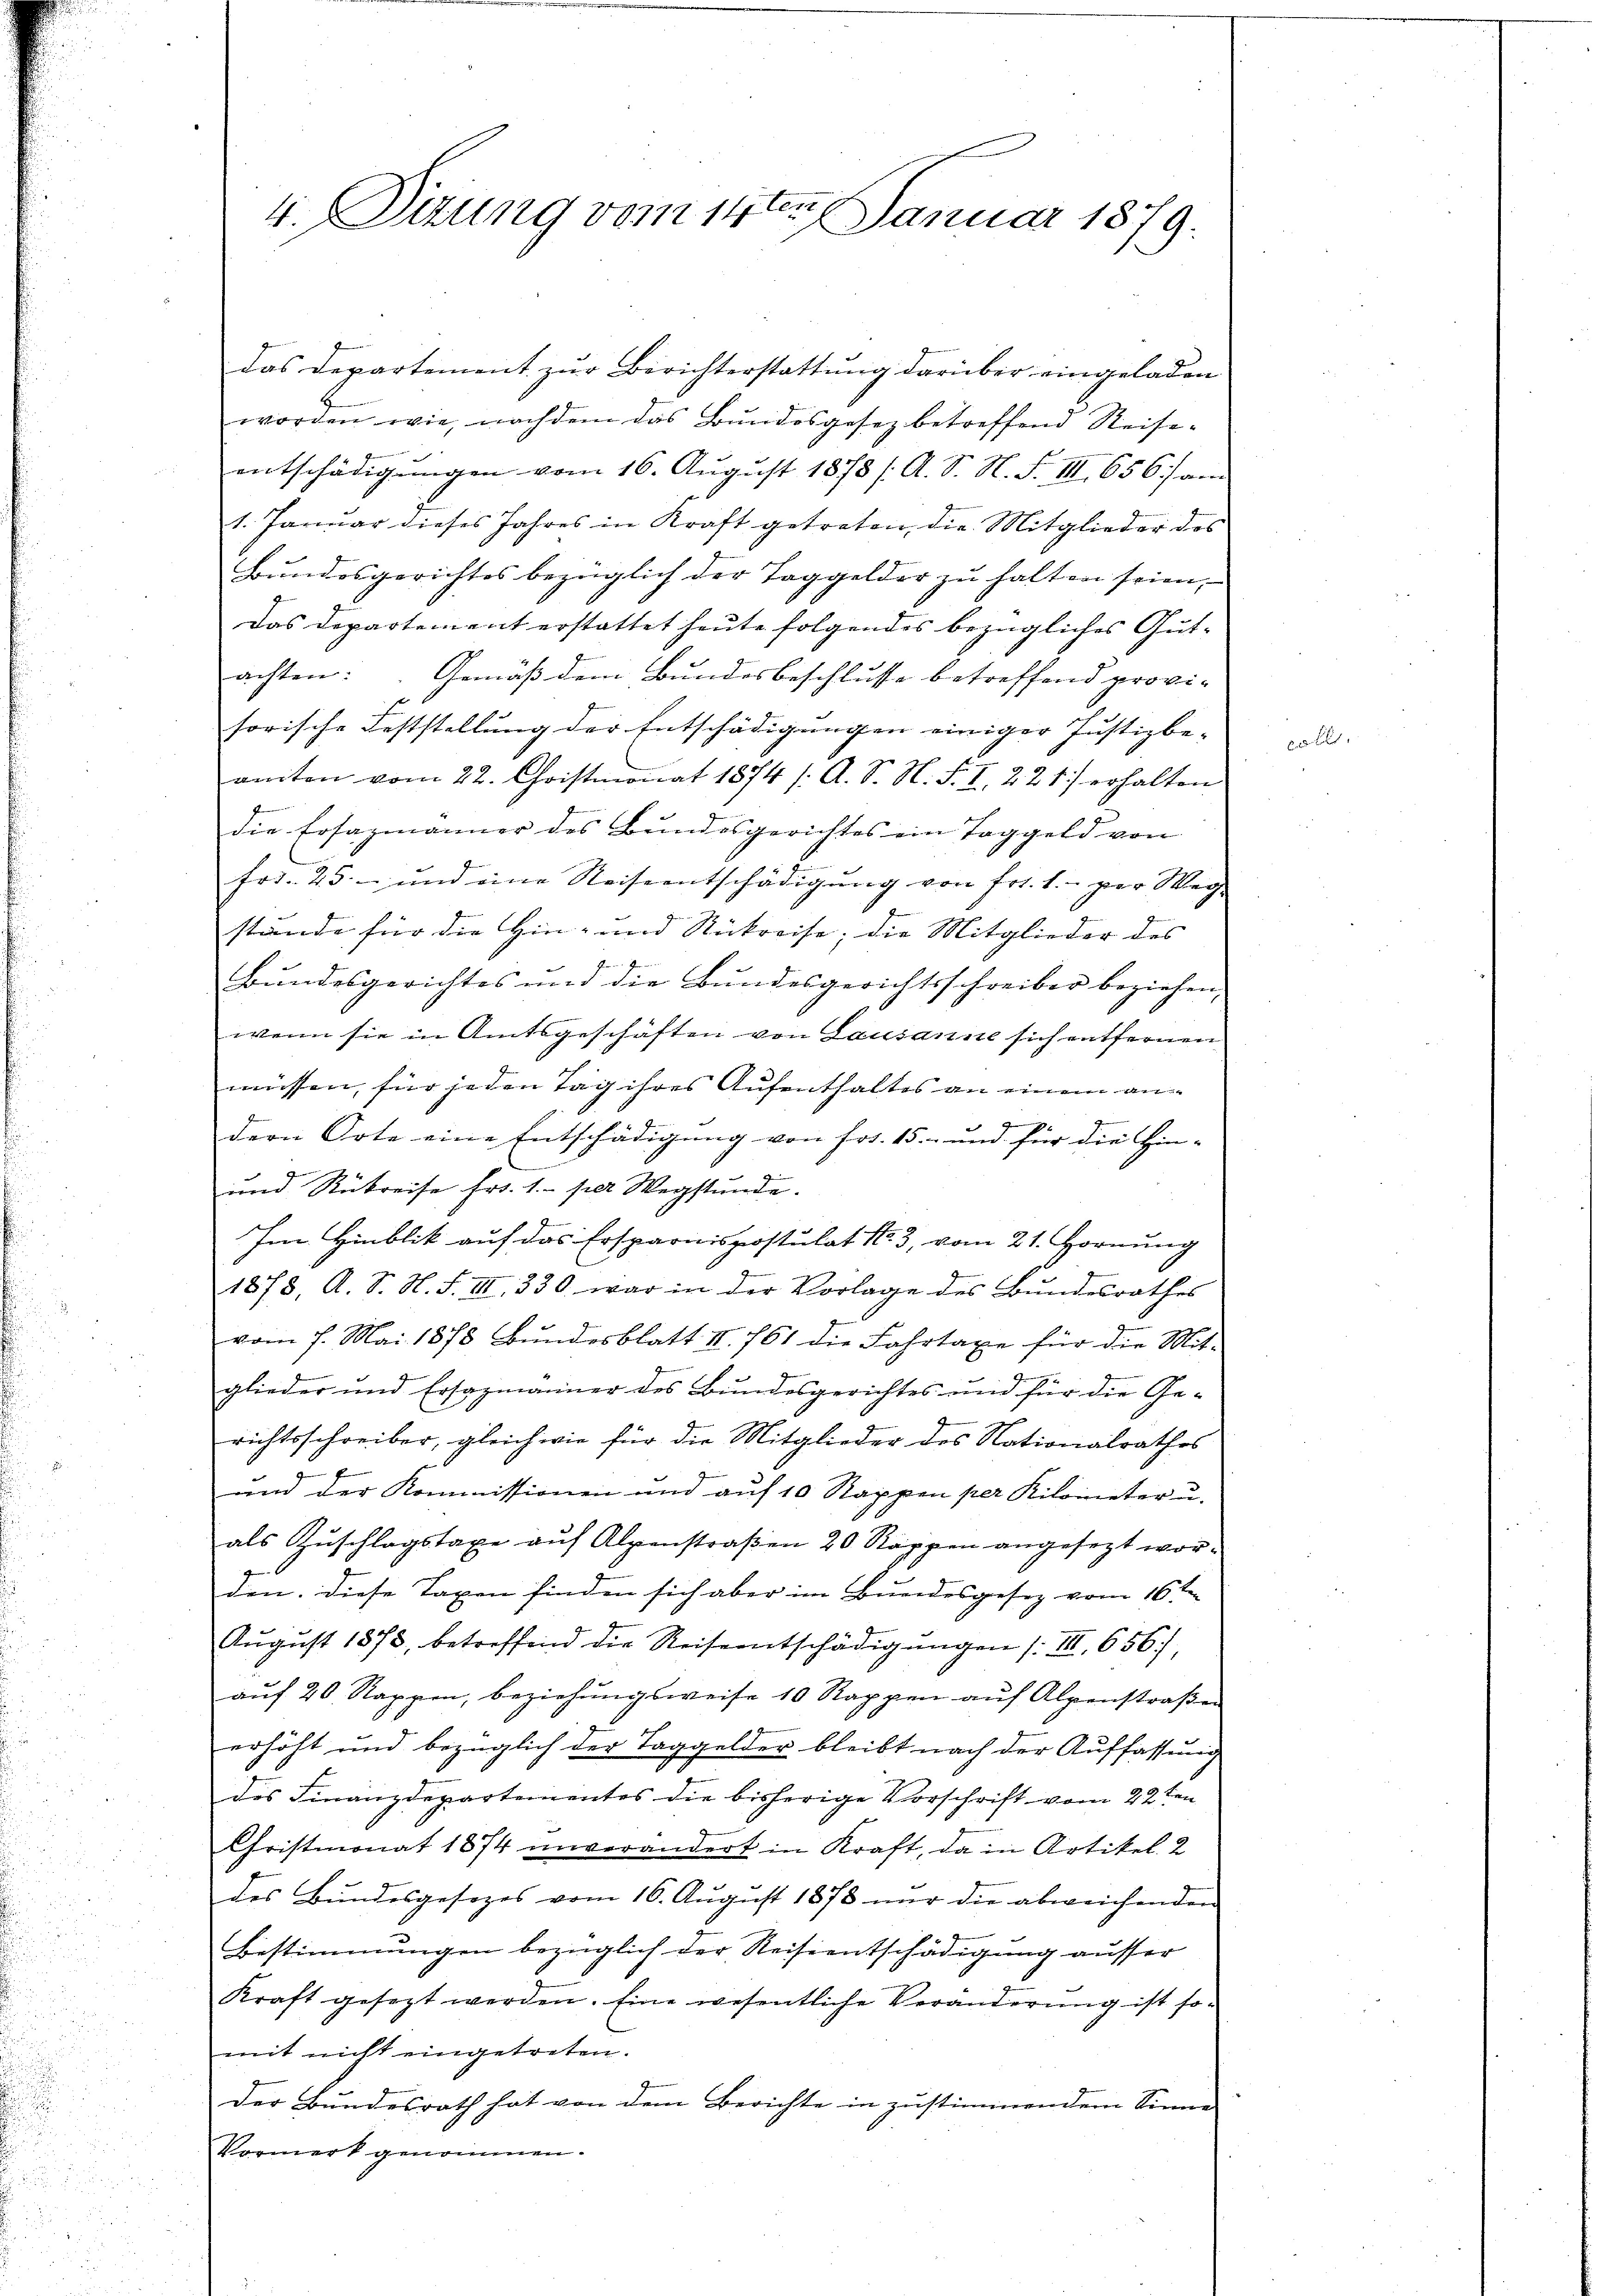
4. Sitzung vom 14ten Januar 1879.

das Departement zur Berichterstattung darüber eingeladen
worden wie, nachdem das Bundesgesez betreffend Reise-
entschädigŭngen vom 16. Aŭgŭst 1878 / A. S. N. F. III 656) am
1. Januar dieses Jahres in Kraft getreten, die Mitglieder des
Bundesgerichtes bezüglich der Taggelder zu halten seien,
Das Departement erstattet heute folgendes bezügliches Gutachten: Gemäß dem Bundesbeschlusse betreffend provi-
sorische Feststellung der Entschädigungen einiger Justizbe- |
amten vom 22. Christmonat 1874 /: A. S. N. F. I, 22 1) erhalten
die Ersazmänner des Bundesgerichtes ein Taggeld von
frt. 25. und eine Reiseentschädigung von Frs. 1. per Wegstände für die Hin- und Rückreise; die Mitglieder des
Bundesgerichtes und die Bundesgerichtsschreiber beziehen,
wenn sie in Amtsgeschäften von Lausanne sich entfernen
müssen, für jeden Tag ihres Aufenthaltes an einem ang
7.
dern Orte eine Entschädigung von Frs. 15. und für die Hin-
und Rükreise fr. 1. per Wegstunde.
Im Hinblik auf das Ersparnispostulat No. 3, vom 21. Hornung
1878, A. S. N. F. II 330 war in der Vorlage des Bundesrathes
vom 7. Mai 1878 Bundesblatt II. 761 die Fahrtaxe für die Mit-
glieder und Ersazmänner des Bundesgerichtes und für die Gerichtsschreiber, gleichwie für die Mitglieder des Nationalrathes
und der Kommissionen und auf 10 Stappen per Kilometer u.
als Zŭschlagstaxe aŭf Alpenstraβen 20 Rappen angesezt wor-
den. Diese Taxen finden sich aber im Bundesgesez vom 16ten
Aŭgŭst 1873, betreffend die Reiseentschädigŭngen /: III 656),
aŭf 20 Rappen, beziehŭngsweise 10 Rappen aŭf Alpenstraβen
erhöht und bezüglich der Taggelder bleibt nach der Auffassung
des Finanzdepartementes die bisherige Vorschrift vom 22ten
Christmonat 1874 unverändert in Kraft, da in Artikel 2
des Bundesgesezes vom 16. Aŭgŭst 1878 nur die abweichenden
Bestimmungen bezüglich der Reiseentschädigung ausser
Kraft gesezt werden. Eine wesentliche Veränderung ist somit nicht eingetreten.
der Bundesrath hat von dem Berichte in zustimmendem Sinne
Vormerk genommen.